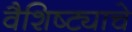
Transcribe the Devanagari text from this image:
वैशिष्ट्याचे